kultuurilooline_kollektsioon, lk 17
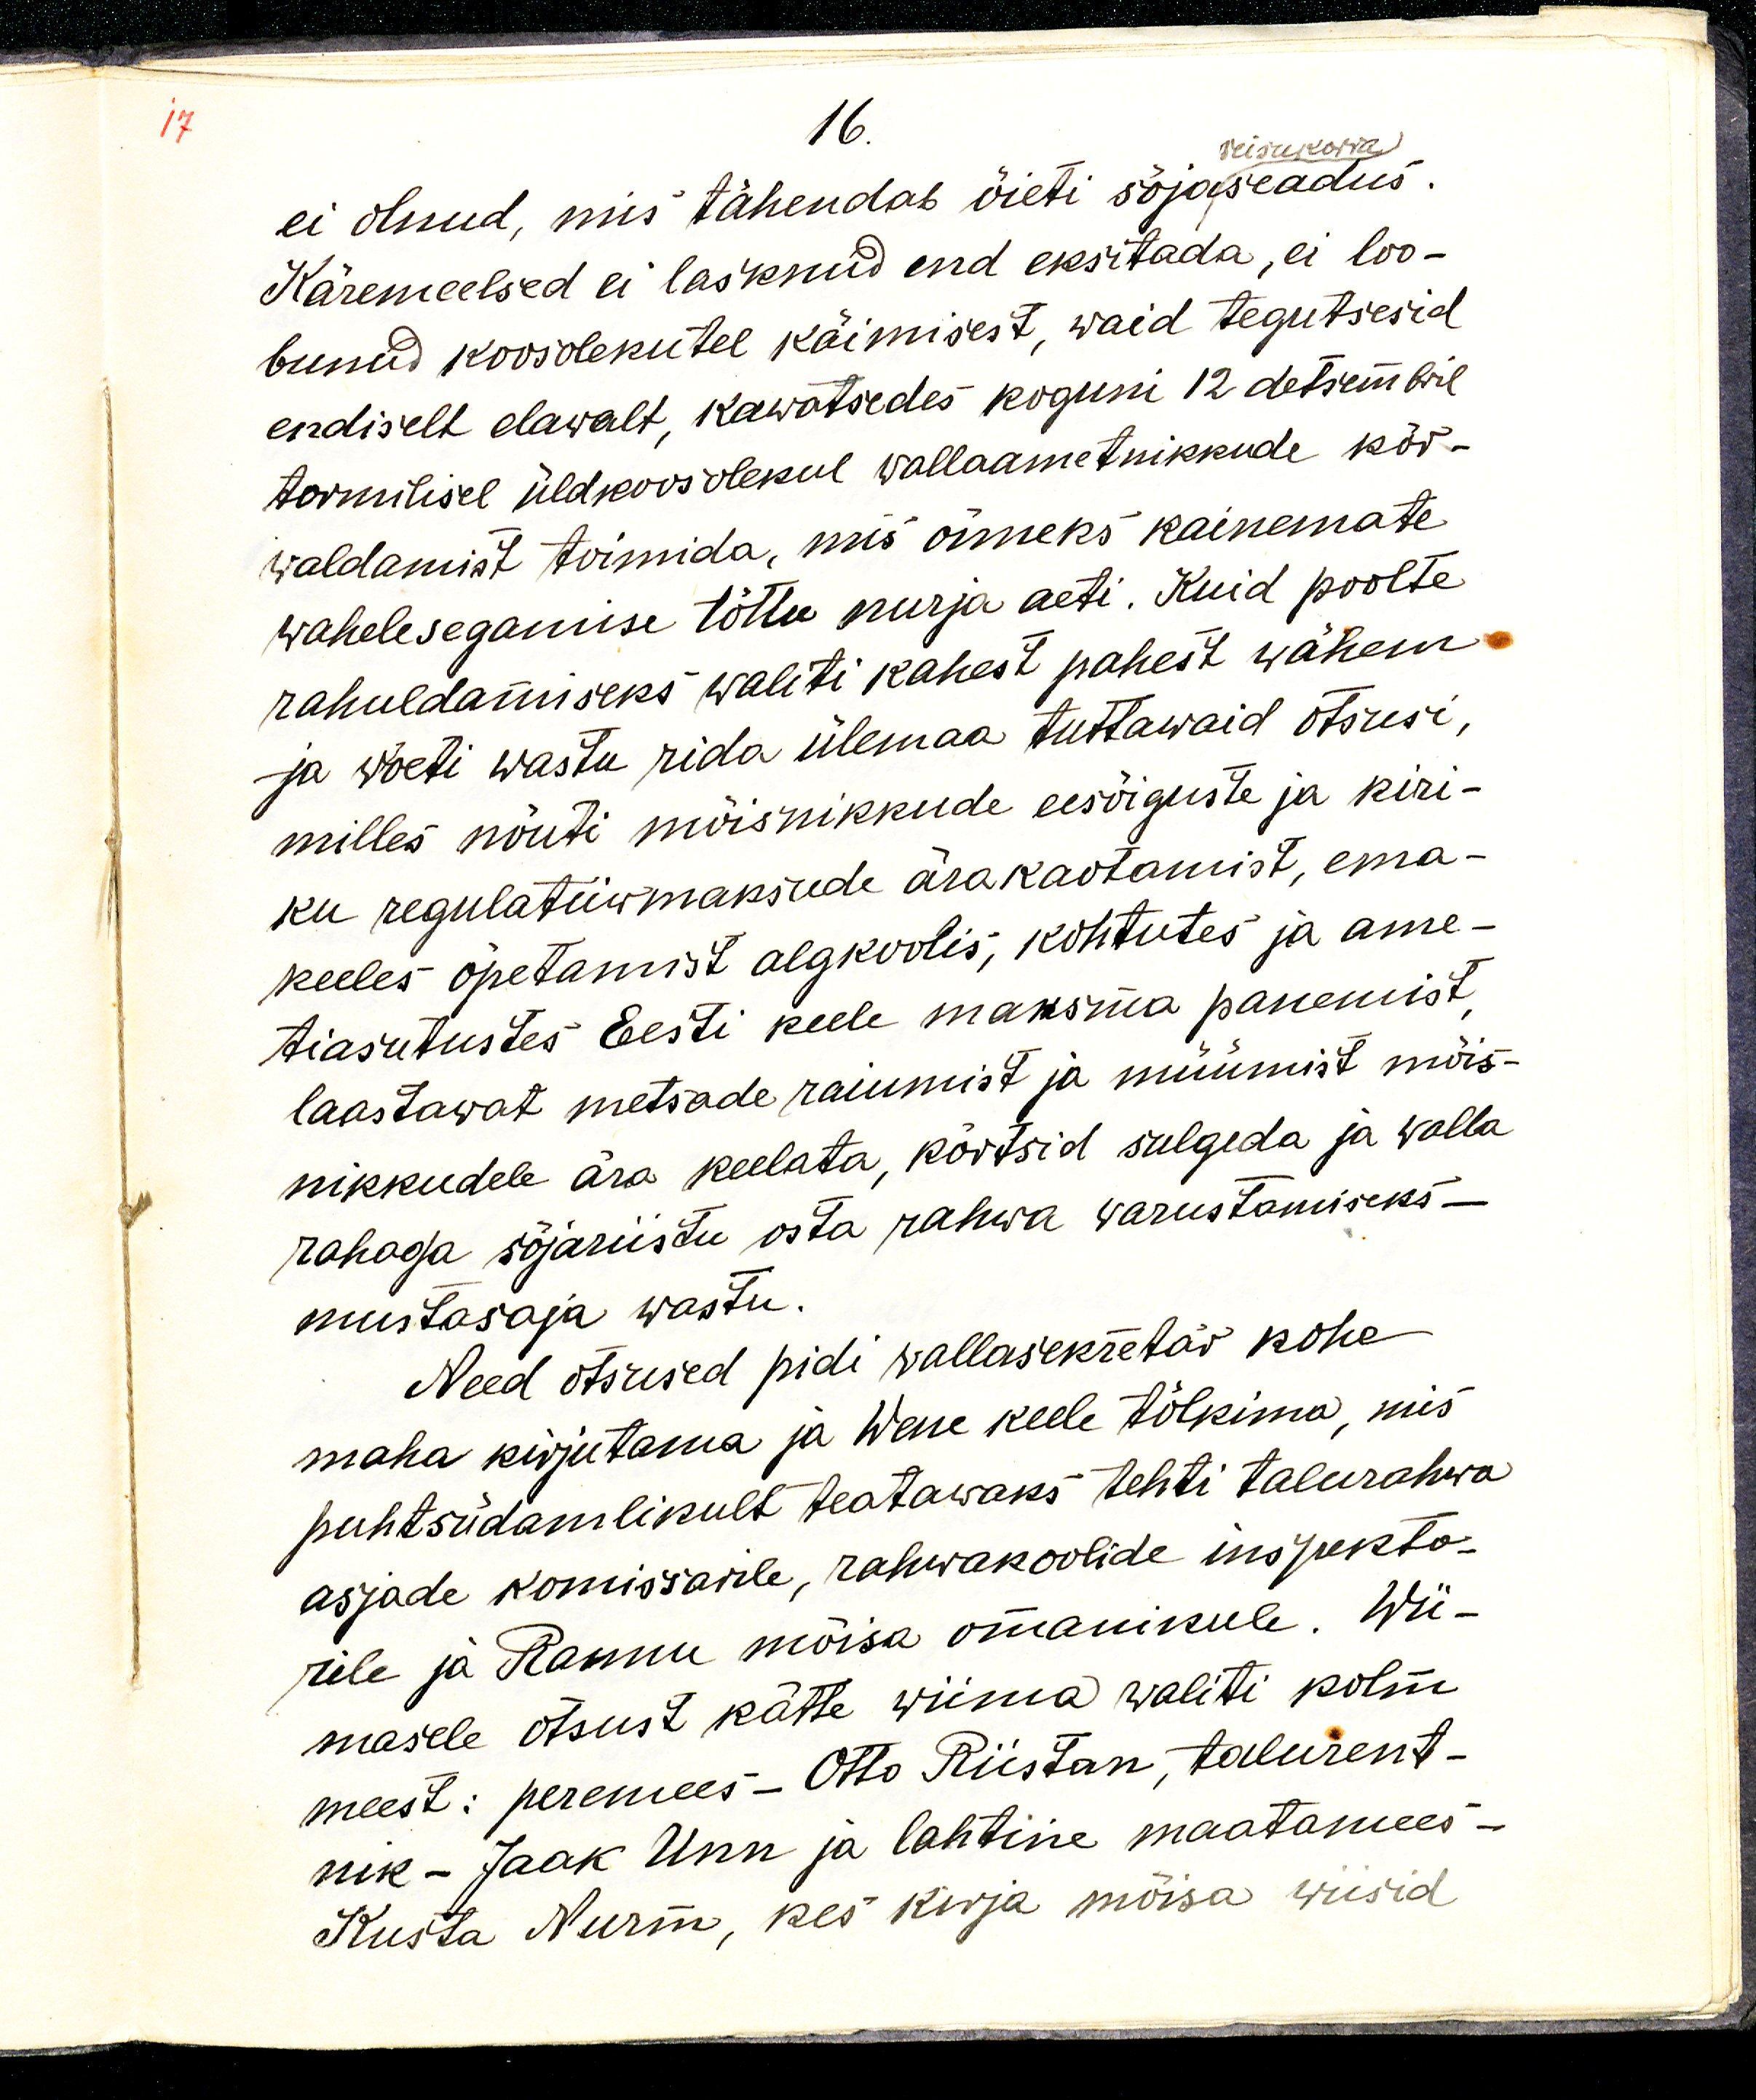
16.
ei olnud, mis tähendab õieti sõjaseadus.
Käremeelsed ei lasknud end eksitada, ei loo-
bunud koosolekutel käimisest, waid tegutsesid
endiselt elawalt, kawatsedes koguni 12 detsembril
tormisel üldkoosolekul wallaametnikkude kõr-
waldamist toimida, mis õnneks kainemate
wahelesegamise tõttu nurja aeti. Kuid poolte
rahuldamiseks waliti kahest pahest wähem
ja wõeti wastu rida ülemaa tuttawaid otsusi,
milles nõuti mõisnikkude eesõiguste ja kiri-
ku regulatiiwmaksude ärakaotamist, ema-
keeles õpetamist algkoolis, kohtutes ja ame-
tiasutustes Eesti keele maksma panemist,
laastawat metsade raiumist ja müümist mõis-
nikkudele ära keelata, kõrtsid sulgeda ja walla
rahadega sõjariistu osta rahwa warustamiseks - 
mustasaja wastu.
Need otsused pidi wallasekretär kohe
maha kirjutama ja Wene keele tõlkima, mis
puhtsüdamlikult teatawaks tehti talurahwa 
asjade komissarile, rahwakoolide inspekto-
rile ja Rannu mõisa omanikule. Wii-
masele otsust kätte wiima waliti kolm
meest: peremees - Otto Riistan, talurent-
nik - Jaak Unn ja lahtine maatamees - 
Kusta Nurma, kes kirja mõisa wiisid